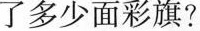
一共插了多少面彩旗?